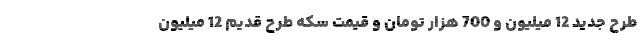
طرح جدید 12 میلیون و 700 هزار تومان و قیمت سکه طرح قدیم 12 میلیون